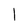
Character: I